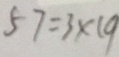
5 7 = 3 \times 1 9